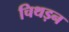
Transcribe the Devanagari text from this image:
चिथड़न